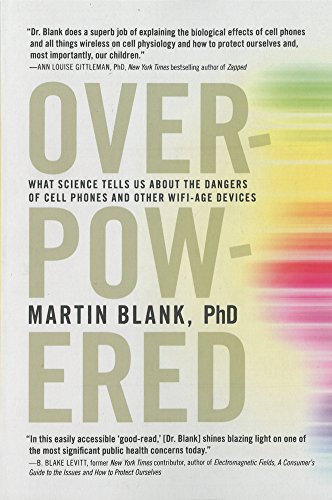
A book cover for Overpowered: The Dangers of Electromagnetic Radiation (EMF) and What You Can Do about It; Martin Blank PhD; Science & Math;